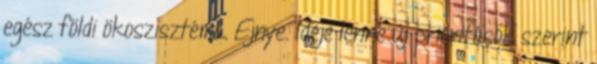
egész földi ökoszisztéma. Ejnye. Ideje lenne új prioritások szerint